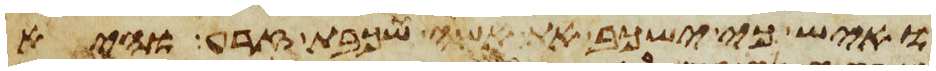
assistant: ואיש כי ישכב את אשה שכבת זרע והיא